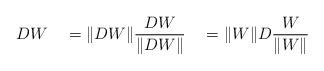
LaTeX: \begin{align*}DW \quad=\|DW\| \frac{DW}{\|DW\|} \quad=\|W\| D \frac{W}{\|W\|}\end{align*}